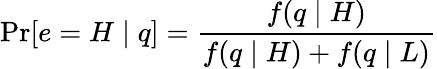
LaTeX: \operatorname*{Pr}[e=H\mid q]={\frac{f(q\mid H)}{f(q\mid H)+f(q\mid L)}}